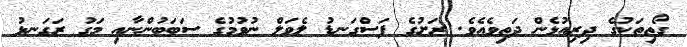
ގޯތިތަކުގެ ދިރިއުޅެން ދަތިވެއެވެ. ރަށުގެ ފަސްގަނޑު ލެވަލް ނުވުމުގެ ސަބަބުންނާއި މަގު ރަގަނޅު